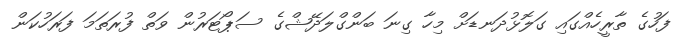
ފަހުގެ ތާރީހެއްގައި ގަލޮޅުދަނޑަށް މިހާ ގިނަ ބަންގްލަދޭޝްގެ ސަޕޯޓަރުން ވަތް ފުރަތަމަ ފަރަހުކަން